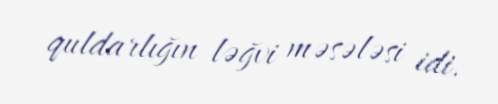
quldarlığın ləğvi məsələsi idi.